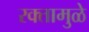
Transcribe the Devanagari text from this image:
रक्तामुळे